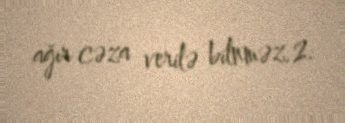
ağır cəza verilə bilnməz.2.